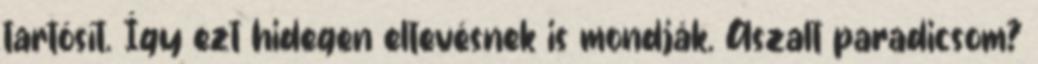
tartósít. Így ezt hidegen eltevésnek is mondják. Aszalt paradicsom?